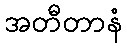
အတီတာနံ